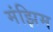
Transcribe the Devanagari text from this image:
मंझिम